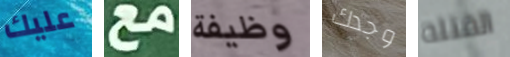
عليك مع وظيفة وجدك القتله